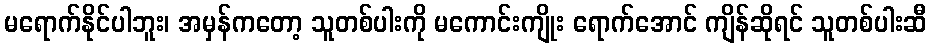
မရောက်နိုင်ပါဘူး၊ အမှန်ကတော့ သူတစ်ပါးကို မကောင်းကျိုး ရောက်အောင် ကျိန်ဆိုရင် သူတစ်ပါးဆီ